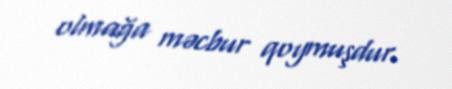
olmağa məcbur qoymuşdur.